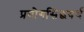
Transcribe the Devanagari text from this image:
प्रयोगसिद्धयर्थ